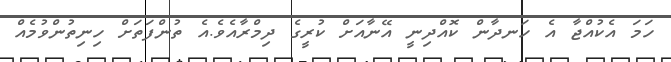
ހަމަ އެކުއްޖާ އެ ހަނދާން ކޮއްދިނީ އޭނާއަށް ކުރީގެ ދިމްރާއެވެ.އެ ތުންފަތަށް ހިނިތުންވުމެއް